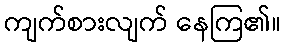
ကျက်စားလျက် နေကြ၏။